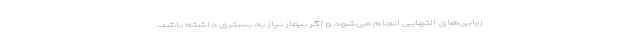
زیابی‌های التهابی انجام می‌شود و اگر بیمار نیاز به بستری داشته باشد،